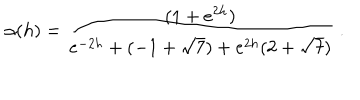
\alpha ( h ) = \frac { ( 1 + e ^ { 2 h } ) } { e ^ { - 2 h } + ( - 1 + \sqrt { 7 } ) + e ^ { 2 h } ( 2 + \sqrt { 7 } ) } \ .